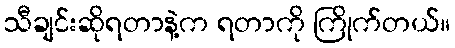
သီချင်းဆိုရတာနဲ့က ရတာကို ကြိုက်တယ်။